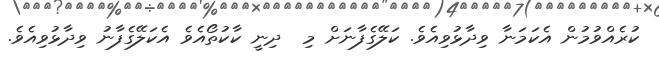
ކުރެއްވުމުން އެކަމަނާ ވިދާޅުވިއެވެ. ކަލޭގެފާނަށް މި  ދިނީ ކާކުތޯއެވެ އެކަލޭގެފާނު ވިދާޅުވިއެވެ.